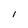
Character: 1